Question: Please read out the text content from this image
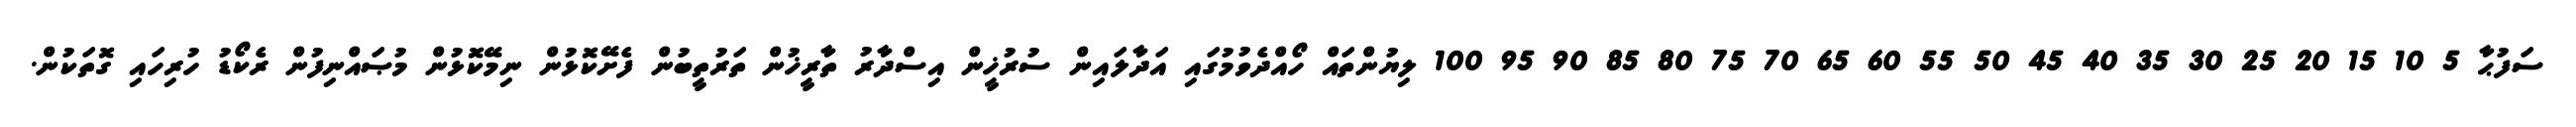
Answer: ސަފުޙާ 5 10 15 20 25 30 35 40 45 50 55 60 65 70 75 80 85 90 95 100 ލިޔުންތައް ހޯއްދެވުމުގައި އަދާލައިން ސުރުޚީން އިސްދާރު ތާރީޚުން ތަރުތީބުން ފެށޭކޮޅުން ނިމޭކޮޅުން މުޞައްނިފުން ރެކޯޑު ހުރިހައި ގޮތަކުން.